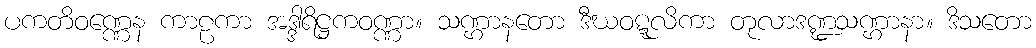
ပကတိဝဏ္ဏေန ကာဠကာ အဒ္ဒါရိဋ္ဌကဝဏ္ဏာ။ သဏ္ဌာနတော ဒီဃဝဋ္ဋလိကာ တုလာဒဏ္ဍသဏ္ဌာနာ။ ဒိသတော